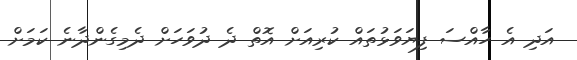
އަދި އެ ހާއްސަ ފިޔަވަޅުތައް ކުރިއަށް އޮތް ދެ ދުވަހަށް ދެމިގެންދާނެ ކަމަށް